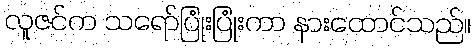
လူဇင်က သရော်ပြုံးပြုံးကာ နားထောင်သည်။